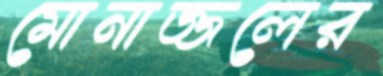
মোনাজ্জলের